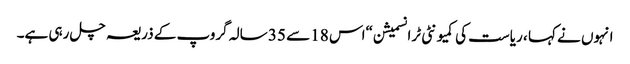
انہوں نے کہا ، ریاست کی کمیونٹی ٹرانسمیشن “اس 18 سے 35 سالہ گروپ کے ذریعہ چل رہی ہے۔